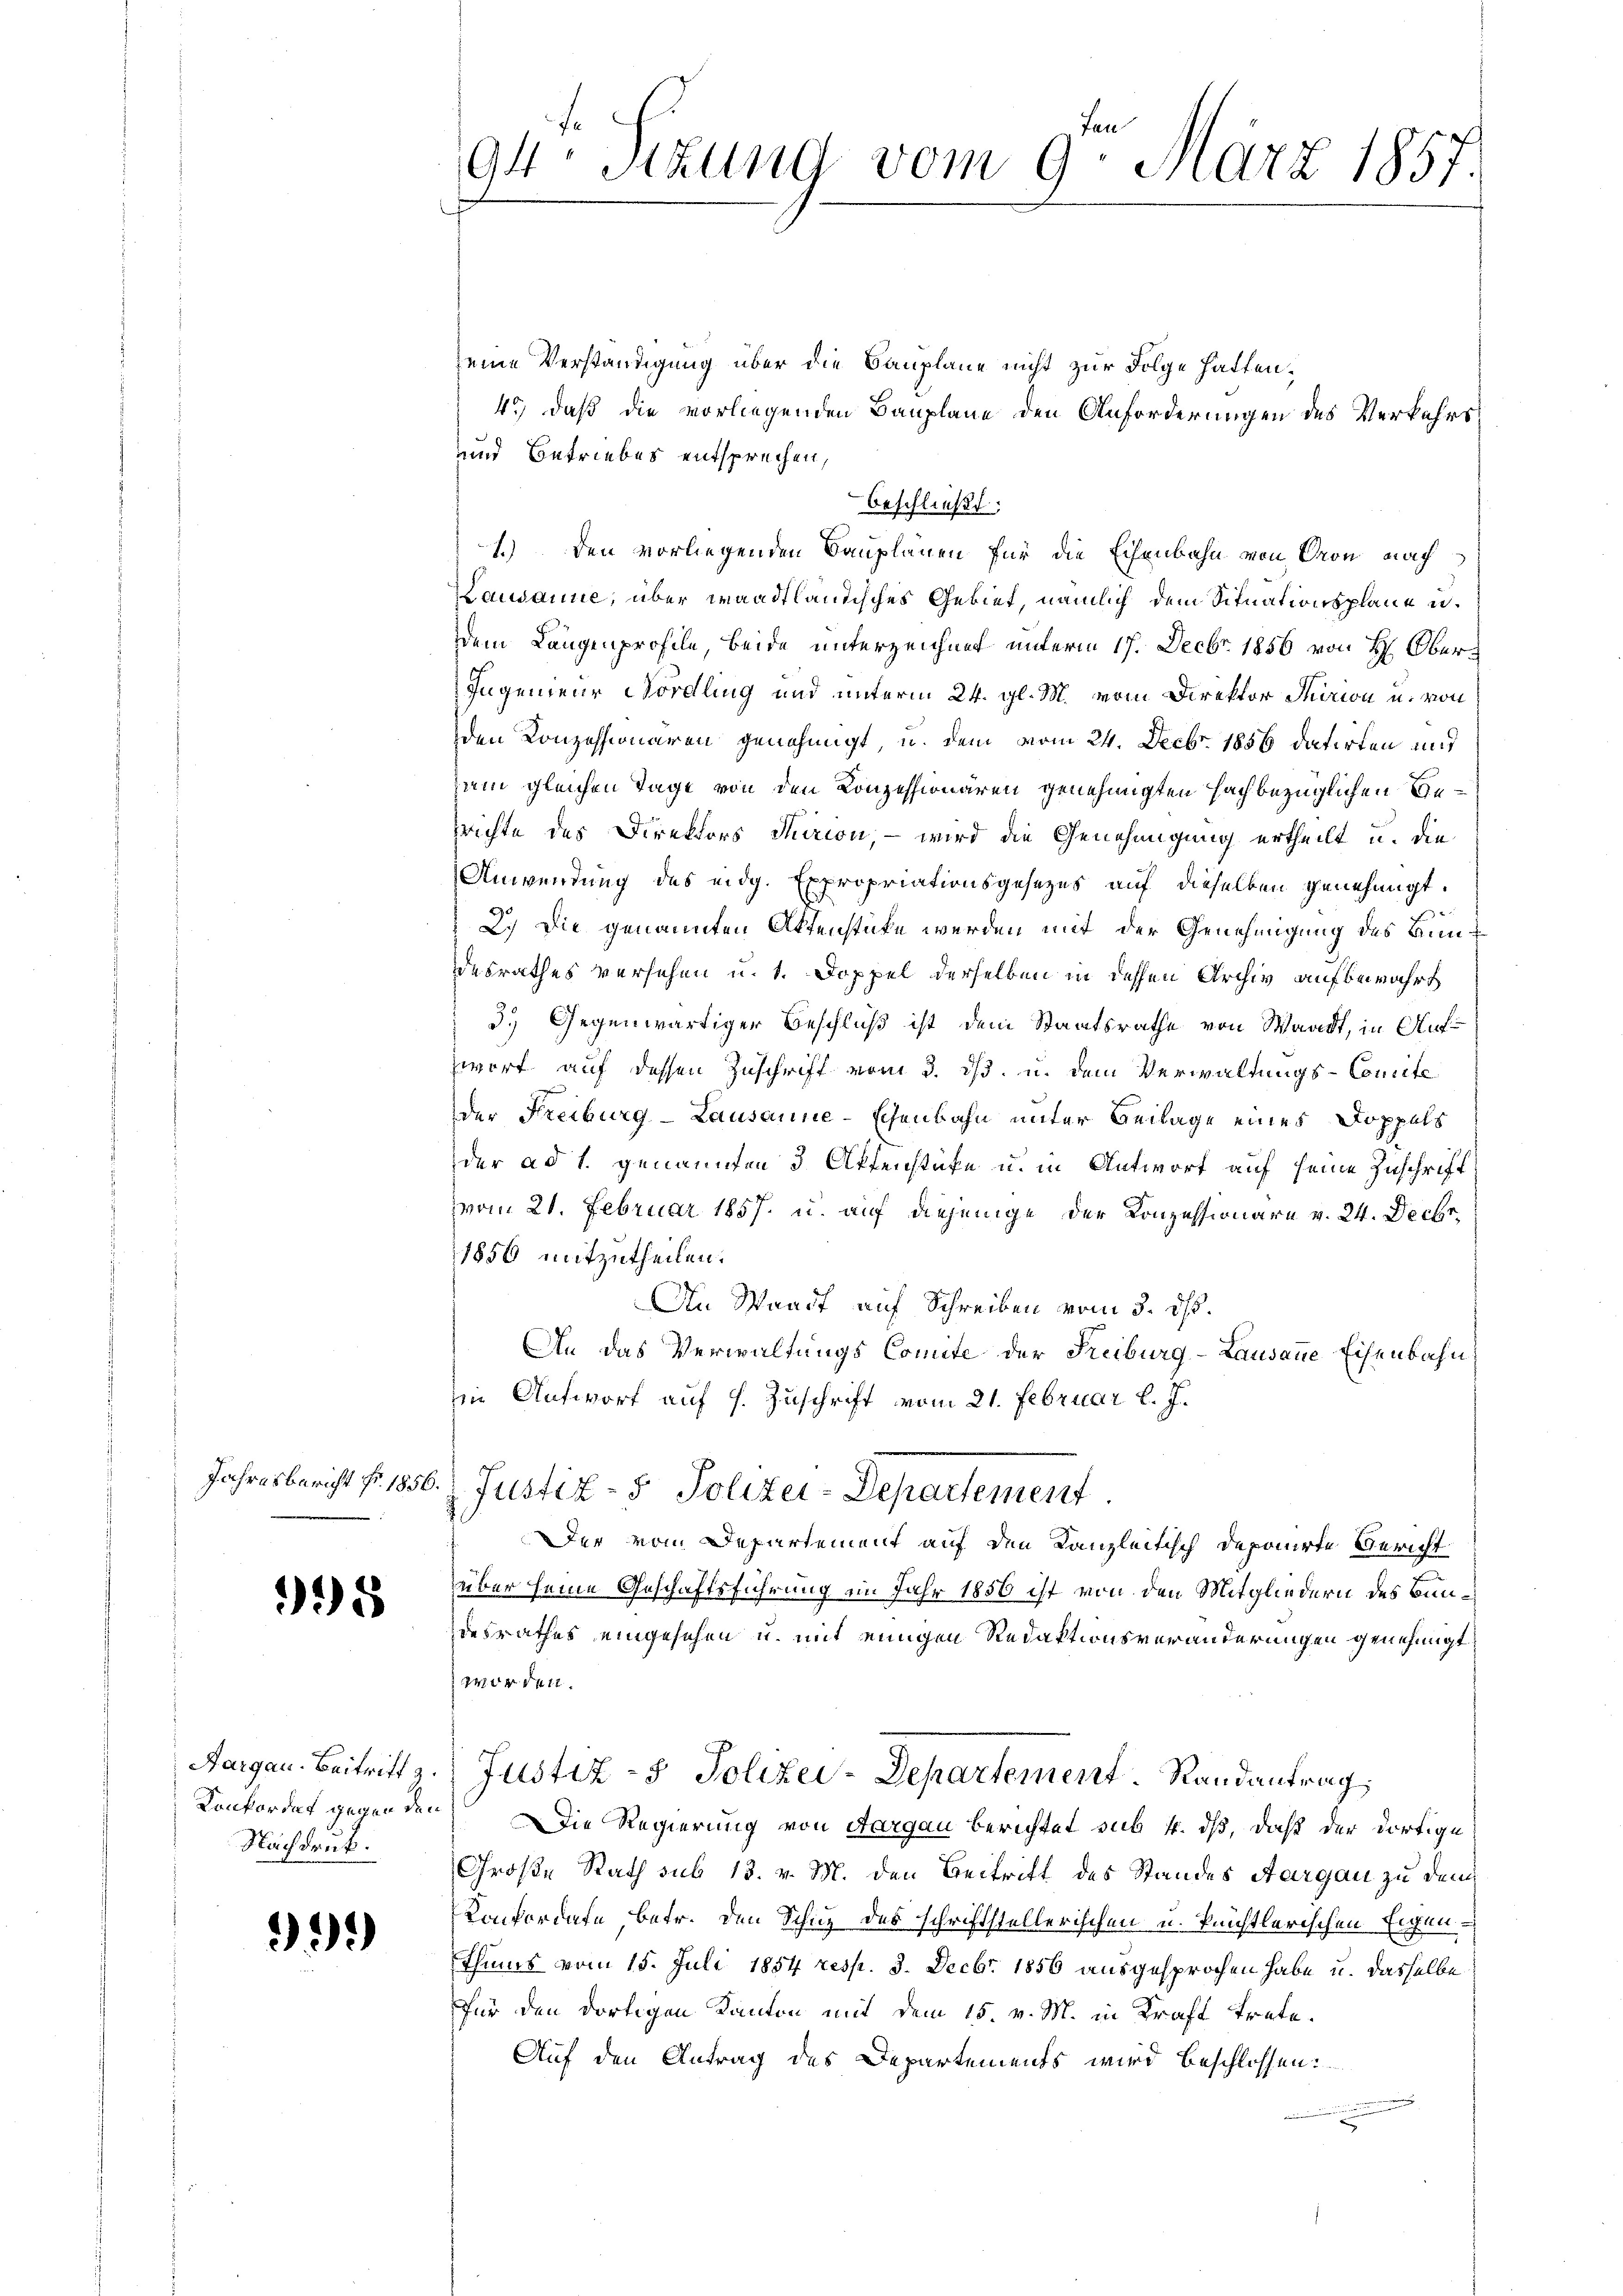
5

Konkordat gegen den
Nachdruck.

335

fen
94. Sedung vom 9. März 1857.
7

eine Verständigung über die Bauplane nicht zur Folge hatten.
4.) Daß die vorliegenden Bauplane den Anforderungen des Verkehrs
und Betriebes entsprechen,
Lausanne, über waadtländisches Gebiet, nämlich dem Situationsplane u.
dem Längenprofile, beide unterzeichnet unterm 17. Decbr. 1856 von H. Ober¬
Ingenieur Nordling und unterm 24. gl. M. vom Direktor Surion u. von
den Konzessionären genehmigt u. dem vom 24. Decbr. 1856 datirten auf
zem gleichen Tage von den Konzessionären genehmigten Fachbezüglichen Besrichte des Direktors dirion, – wird die Genehmigung ertheilt u. die
Anwendung des eidg. Expropriationsgesezes auf dieselben genehmigt.
2.) Die genannten Aktenstüke werden mit der Genehmigung des Bundesrathes versehen u. 1. Doppel derselben in dessen Archiv aufbewahrt
3.) Gegenwärtiger Beschluß ist dem Staatsrathe von Waadt, in Auf¬
Zwort auf dessen Zuschrift vom 3. ds. u. dem Verwaltungs-Comite
d
der Freiburg-Lausanne-Echenbahn unter Beilage eines Doppels
der ad 1. genannten 3 Affenstüke u. in Antwort auf seine Zuschrift
vom 21. Februar 1857 u. auf diejenige der Konzessionare v. 24. Decbr.
1856 mitzutheilen.
An Waadt auf Schreiben vom 3. dh.
An das Verwaltungs Comite der Freiburg-Lausanne Eisenbahn
in Antwort auf s. Zuschrift vom 21. Februar l. J.
Jahresbericht fr. 1856. Justiz- & Polizei-Departement
Der vom Departement auf den Kanzleitisch deponirte Gericht
über seine Geschäftsführung im Jahr 1856 ist von den Mitgliedern des Bundesrathes eingesehen u. mit einigen Redaktionsveränderungen genehmigt
worden.
Aargau. Beitritt z. Justiz- & Polizei-Departement. Randantrag:
 Die Regierung von Aargau berichtet sub 4. ds, daß der dortige
Große Rath sub 13. v. M. den Beitritt des Standes Aargau zu den
Konkordate betr. den Schuz des schriftstellerischen u. künstlerischen Eigen-
Thums vom 15. Juli 1854 resp. 3. Decbr. 1856 ausgesprochen habe u. dasselbe
für den dortigen Kanton mit dem 15. v. M. in Kraft trete.
Auf den Antrag des Departements wird beschlossen:

beschließt:
1.) Den vorliegenden Bauplänen für die Echenbahn von Ton nach